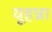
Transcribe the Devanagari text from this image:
यूहन्ना